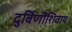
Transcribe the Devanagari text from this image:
दुर्बिणीशिवाय